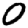
Digit: 0